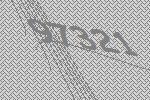
97321